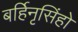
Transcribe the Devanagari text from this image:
बर्हिनृसिंहो